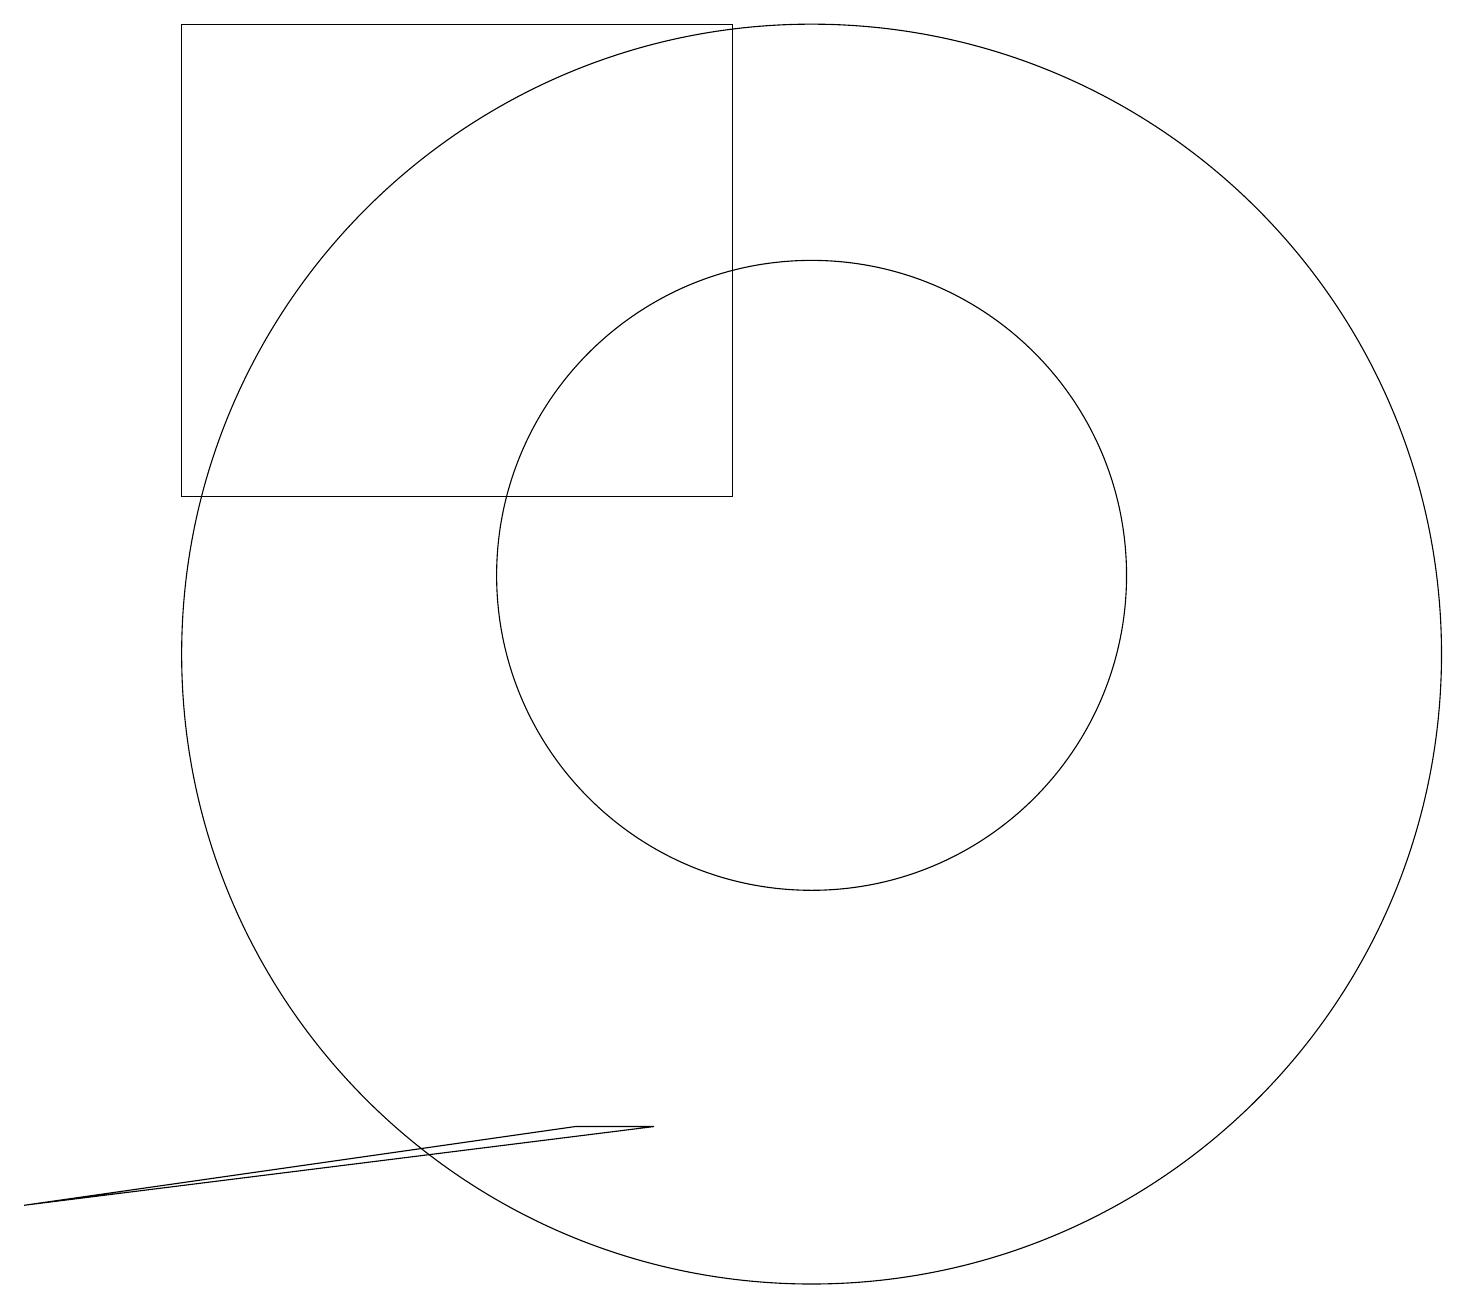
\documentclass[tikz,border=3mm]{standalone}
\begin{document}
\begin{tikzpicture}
\draw (10,10) circle (8);
\draw (8,4) -- (7,4) -- (0,3) -- cycle;
\draw (10,11) circle (4);
\draw (2,12) rectangle (9,18);
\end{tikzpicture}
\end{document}